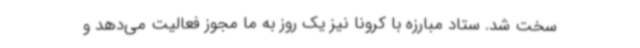
سخت شد. ستاد مبارزه با کرونا نیز یک روز به ما مجوز فعالیت می‌دهد و